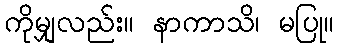
ကိုမျှလည်း။ နာကာသိ၊ မပြု။